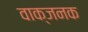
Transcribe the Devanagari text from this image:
वाक्जनक